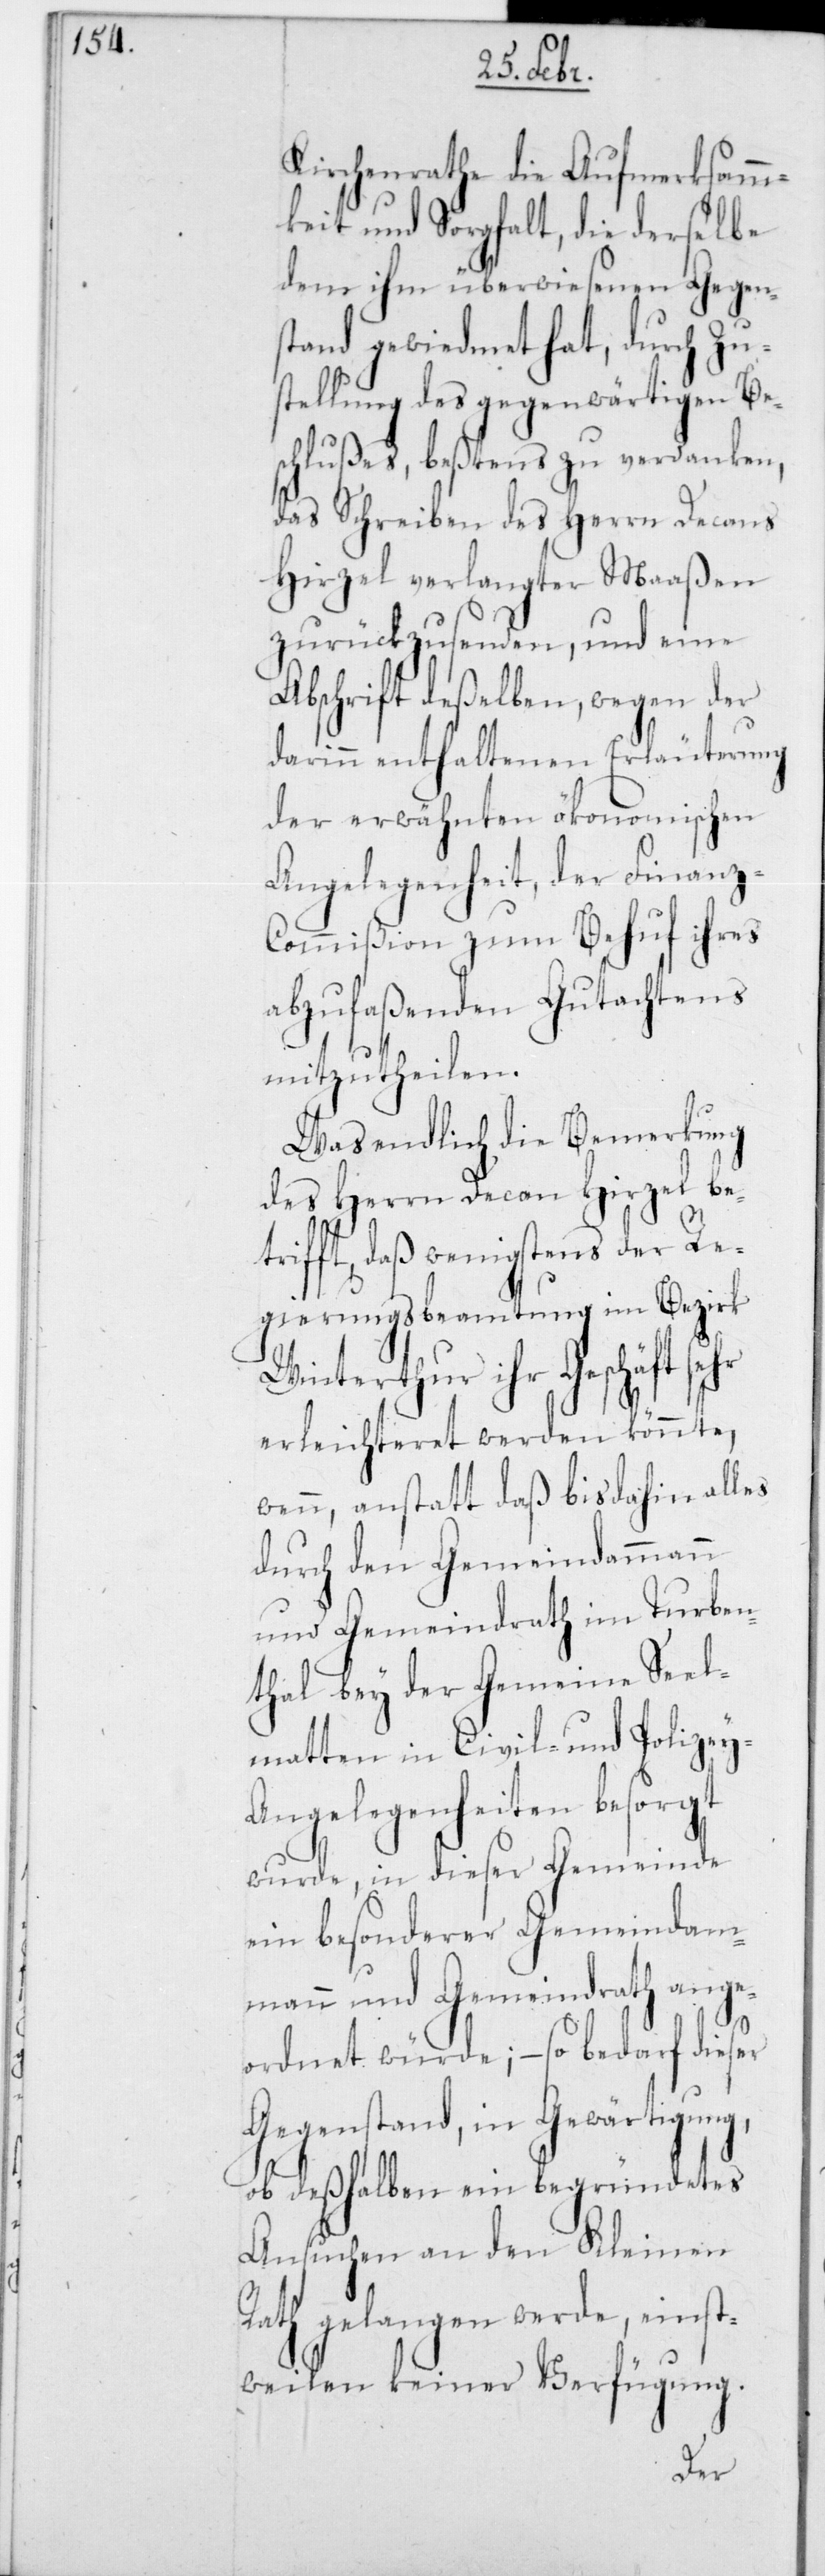
y-A¬
Kirchenrathe die Aufmerksamm¬
keit und Sorgfalt, die derselbe
dem ihm überwiesenen Gegen¬
stand gewidmet hat, durch Zu¬
stellung des gegenwärtigen Be¬
schlußes, bestens zu verdanken,
das Schreiben des Herrn Decans
Hirzel verlangter Maaßen
zurückzusenden, und eine
Abschrift deßelben, wegen der
darin enthaltenen Erläuterung
der erwähnten ökonomischen
Angelegenheit, der Finanz-C¬
ommißion zum Behuf ihres
abzufaßenden Gutachtens
mitzutheilen.
Was endlich die Bemerkung
des Herrn Decan Hirzel bet¬
rifft, daß wenigstens der Re¬
gierungsbeamtung im Bezirk
Winterthur ihr Geschäft sehr
erleichteret werden könnte,
wenn, anstatt daß bis dahin alles
durch den Gemeindammann
und Gemeindrath im Turben¬
thal bey der Gemein[d]e Seel¬
matten in Civil- und Polize¬
ngelegenheiten besorgt
wurde, in dieser Gemeinde
ein besonderer Gemeindam¬
mann und Gemeindrath ange¬
ordnet würde, – so bedarf dieser
Gegenstand, in Gewärtigung,
ob deßhalben ein begründetes
Ansuchen an den Kleinen
Rath gelangen werde, einst¬
weilen keiner Verfügung.